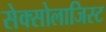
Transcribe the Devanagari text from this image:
सेक्सोलाजिस्ट